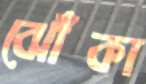
ঝোঁকা